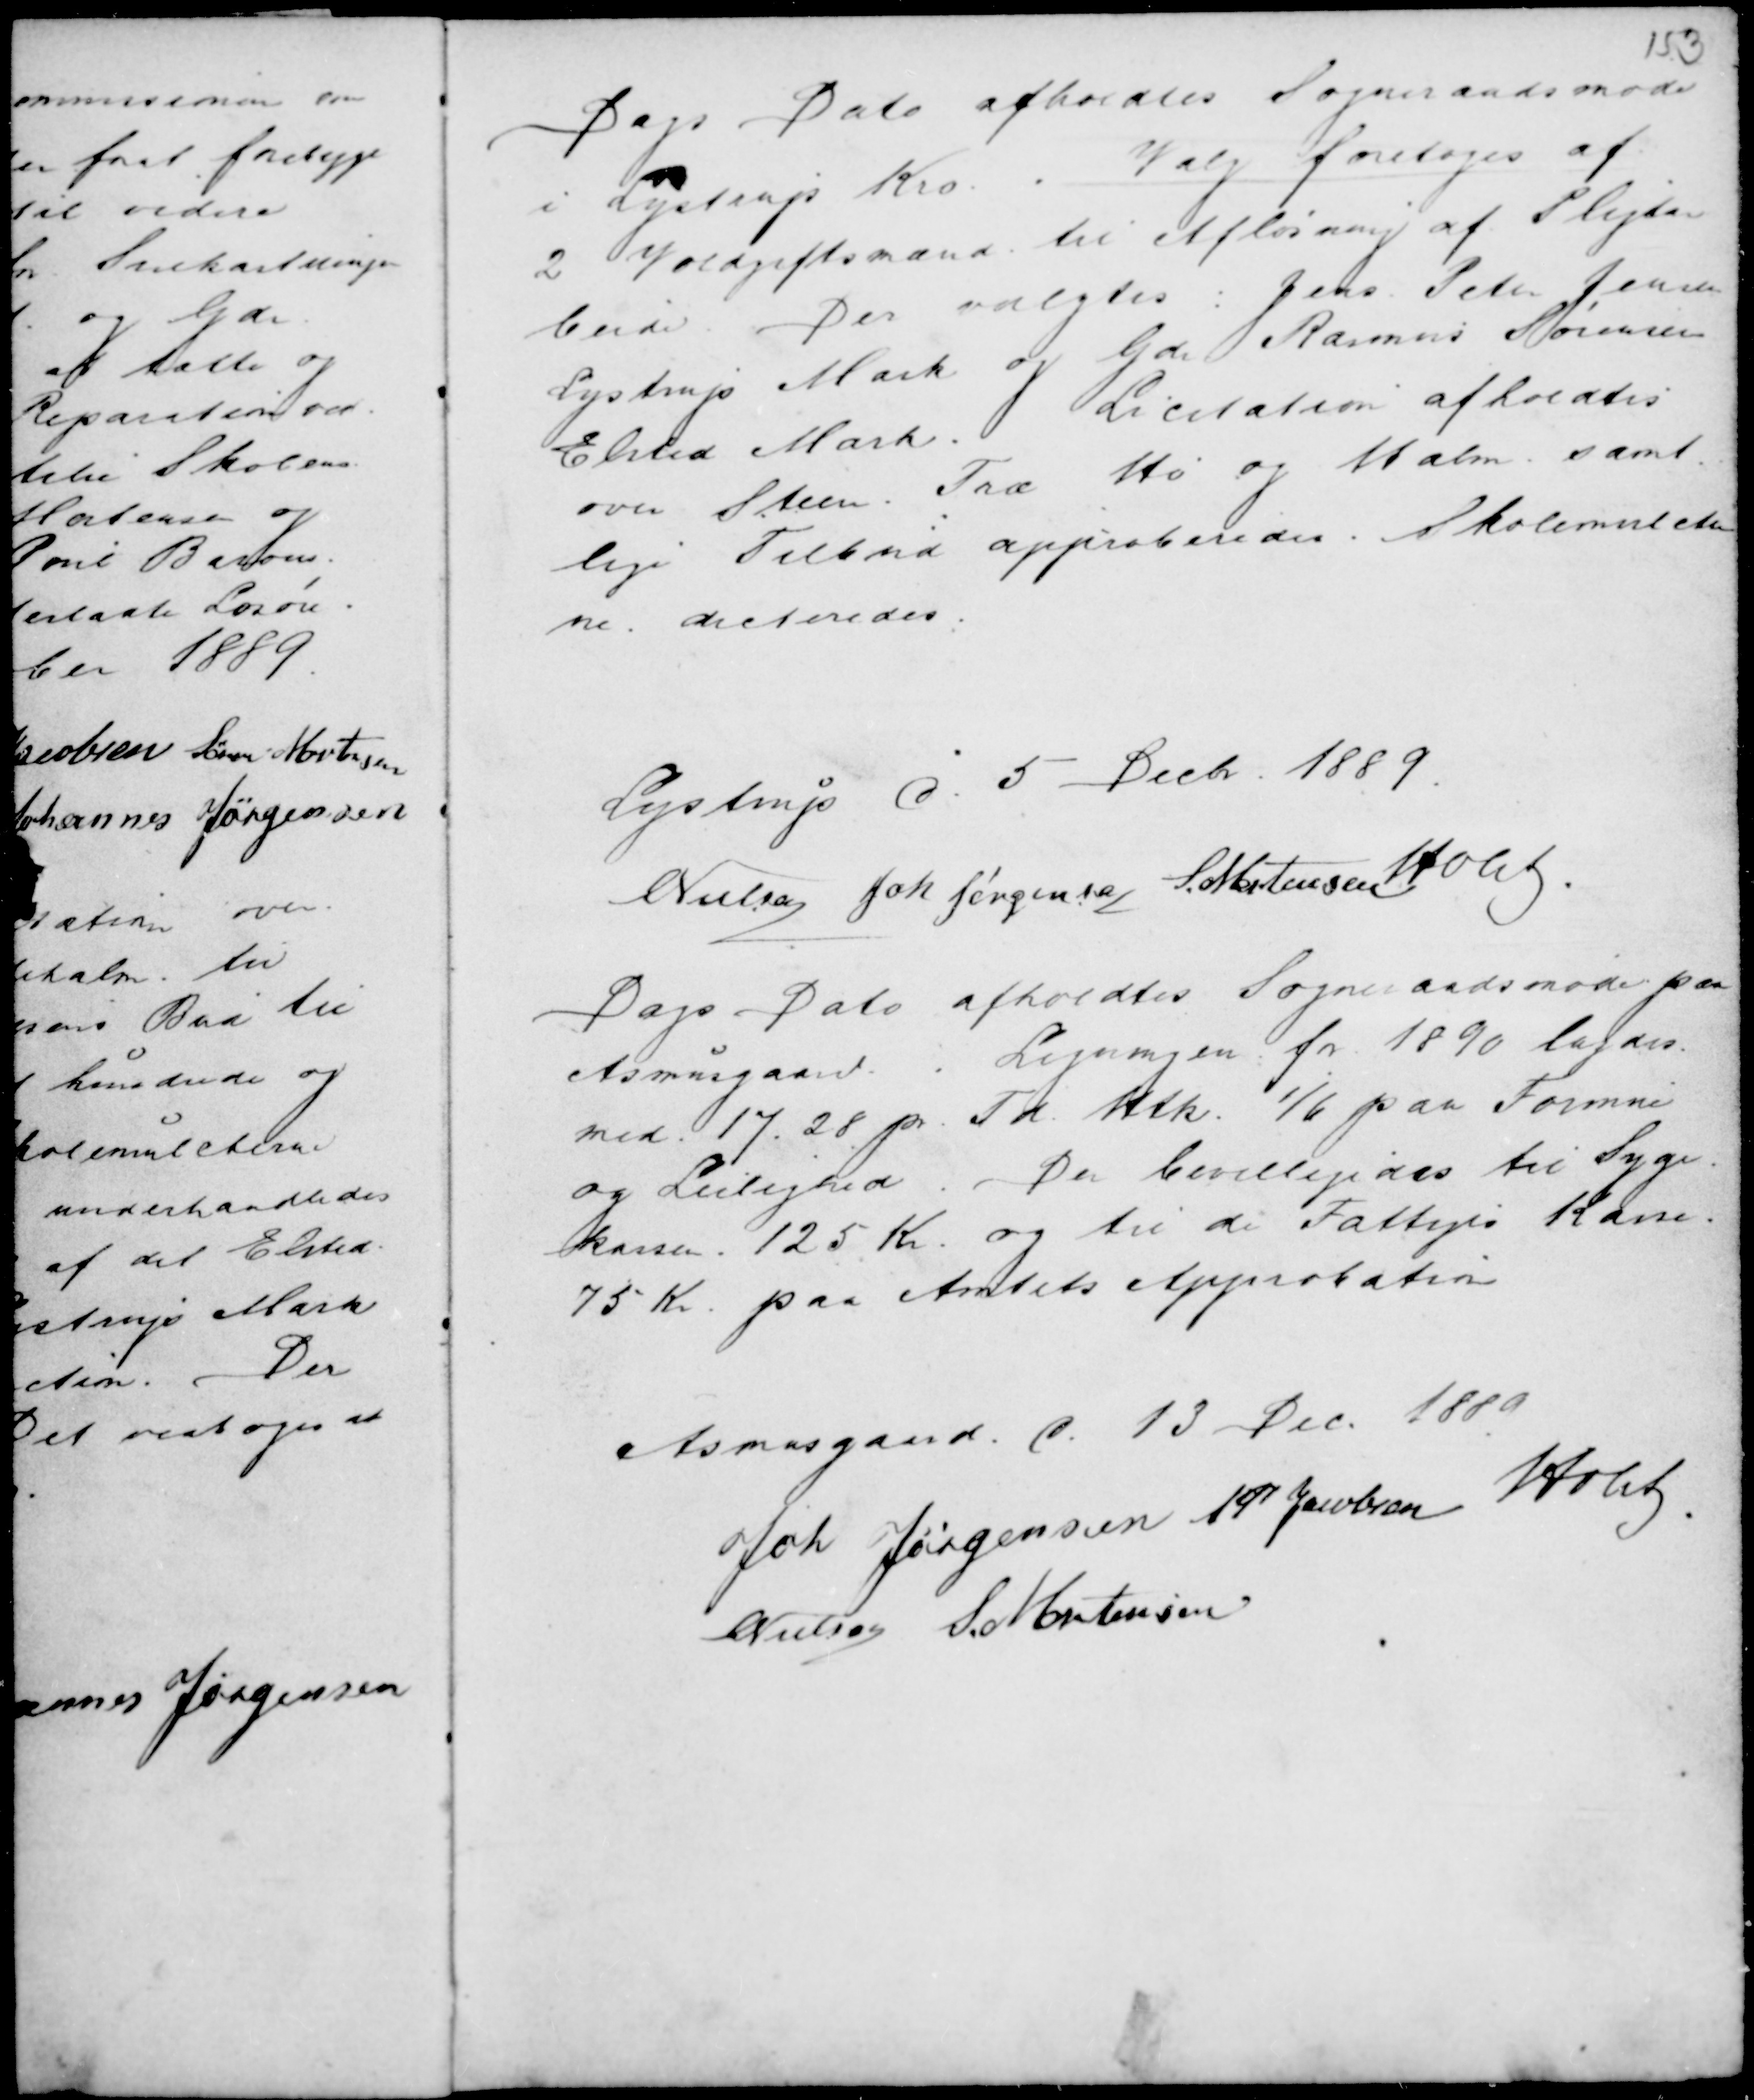
Transskription:
Dags Dato afholdtes Sogneraadsmøde
i Lystrup Kro . Valg foretoges af
2 Voldgiftsmænd til Afløsning af Pligtar
beide. Der valgtes : Jens Peter Jensen
Lystrup Mark og Gdr Rasmus Sørensen
Elsted Mark. Licitation afholdes
over Steen Træ Hø og Halm samt-
lige Tilbud approberedes. Skolemulcter
ne dicteredes.

Lystrup d. 5 Decbr. 1889.
C Nielsen Joh Jørgensen S. Mortensen Holst .

Dags Dato afholdtes Sogneraadsmøde paa
Asmusgaard. . Ligningen for 1890 lagdes
med 17.28 pr. Td. Htk. 1/6 paa Formue
og Leilighed. Der bevilligedes til Syge-
kassen 125 Kr. og til de Fattiges Kasse
75 Kr. paa Amtets Approbation

Asmusgaard d. 13 Dec. 1889
Joh Jørgensen A P Jacobsen Holst
C Nielsen S. Mortensen